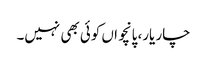
چار یار، پانچواں کوئی بھی نہیں۔